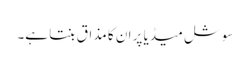
سوشل میڈیا پر ان کا مذاق بنتا ہے۔